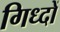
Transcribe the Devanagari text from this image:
गिध्दों